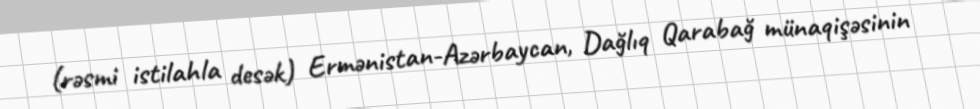
(rəsmi istilahla desək) Ermənistan-Azərbaycan, Dağlıq Qarabağ münaqişəsinin